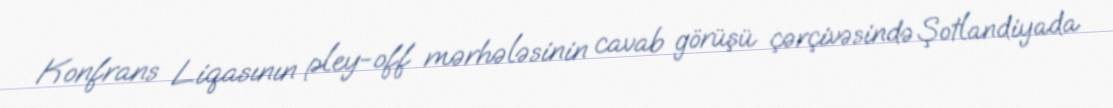
Konfrans Liqasının pley-off mərhələsinin cavab görüşü çərçivəsində Şotlandiyada